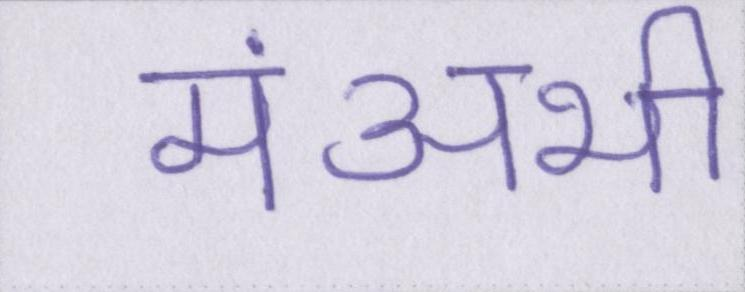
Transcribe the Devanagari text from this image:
मंअभी